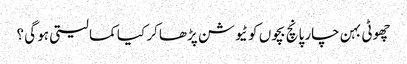
چھوٹی بہن چار پانچ بچوں کو ٹیوشن پڑھا کر کیا کما لیتی ہو گی ؟